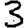
Digit: 3